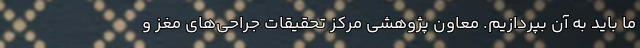
ما باید به آن بپردازیم. معاون پژوهشی مرکز تحقیقات جراحی‌های مغز و